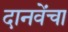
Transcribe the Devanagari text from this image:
दानवेंचा